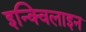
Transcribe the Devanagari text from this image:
इन्क्विलाइन